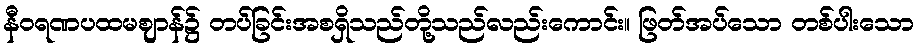
နီဝရဏပထမဈာန်၌ တပ်ခြင်းအစရှိသည်တို့သည်လည်းကောင်း။ ဖြတ်အပ်သော တစ်ပါးသော